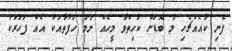
ފޮނި ކާއެއްޗެހި މާ ބޮޑަށް ކާހިތްވާ މީހެއް ނަމަ ހަފުތާއަކު އެއް ފަހަރަކު